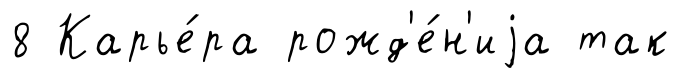
8 Карье́ра рожд'е́н'иjа так